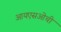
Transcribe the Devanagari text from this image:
आयएसओची